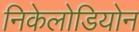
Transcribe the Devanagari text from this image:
निकेलोडियोन